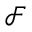
\mathcal { F }